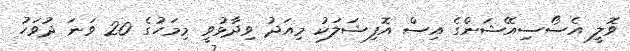
ވޮލީ އެސޯސިއޭޝަންގެ އިސް އޮފިޝަލަކު މިއަދު ވިދާޅުވީ މިމަހުގެ 20 ވަނަ ދުވަހު